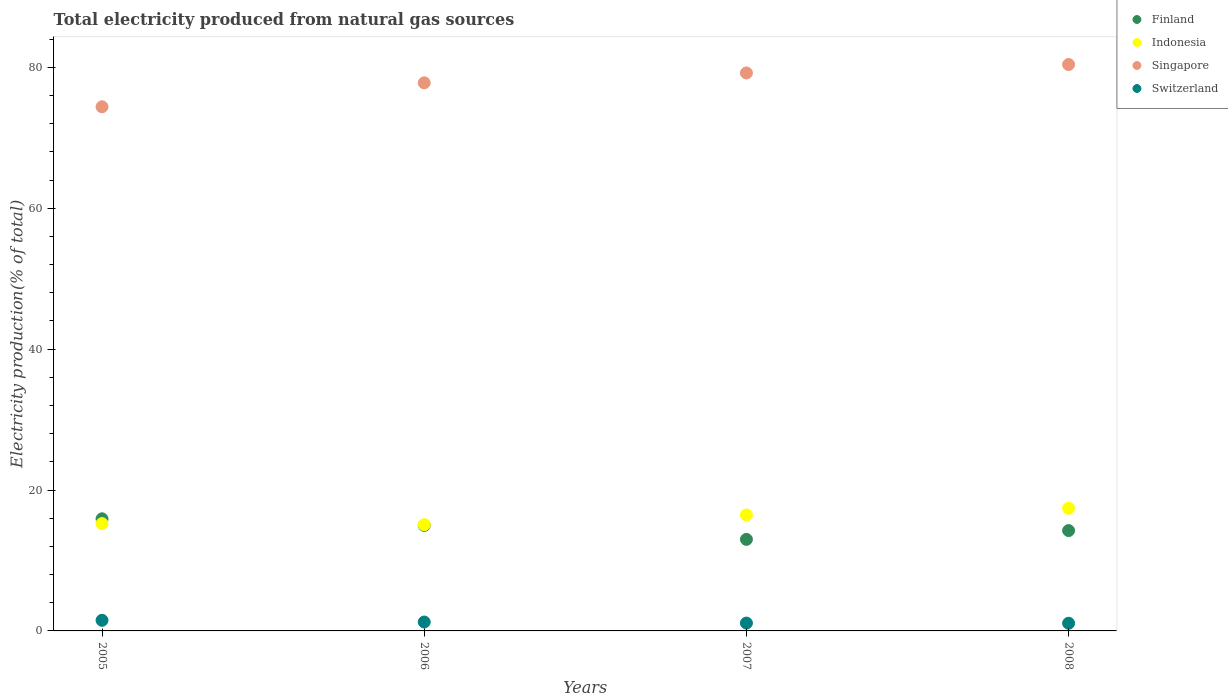
| Years | Finland | Indonesia | Singapore | Switzerland |
 | --- | --- | --- | --- | --- |
 | 2005 | 15.9 | 15.2 | 74.4 | 1.51 |
 | 2006 | 15 | 15.1 | 77.8 | 1.26 |
 | 2007 | 13 | 16.5 | 79.2 | 1.12 |
 | 2008 | 14.2 | 17.4 | 80.4 | 1.09 |